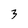
Character: 3